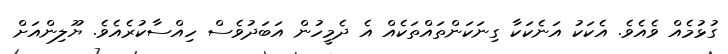
ގުޅުމެއް ވެއެވެ. އެކަކު އަނެކަކާ ގިނަކަންތައްތަކެއް އެ ދެމީހުން އަބަދުވެސް ހިއްސާކުރެއެވެ. ޔޫލިންއަށް